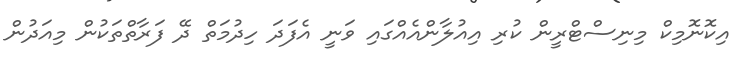
އިކޮނޮމިކް މިނިސްޓްރީން ކުރި އިއުލާންއެއްގައި ވަނީ އެފަދަ ހިދުމަތް ދޭ ފަރާތްތަކުން މިއަދުން